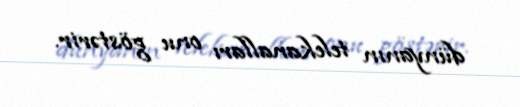
dünyanın telekanalları onu göstərir.